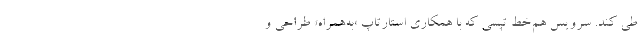
طی کند. سرویس هم‌خط تپسی که با همکاری استارتاپ «به‌همراه» طراحی و